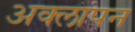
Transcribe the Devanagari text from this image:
अक्लापन